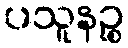
ပသူနဉ္စ